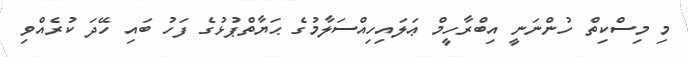
މި މިސްކިތް ހުންނަނީ އިބްރާހީމް ޢަލައިހިއްސަލާމުގެ ޙަޔާތްޕުޅުގެ ފަހު ބައި ހޭދަ ކުރެއްވި